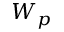
W _ { p }